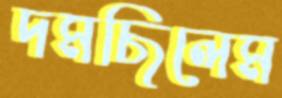
দমছিলেম